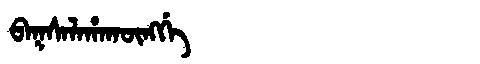
Manchu: ᠪᠠᡴᠰᠠᠯᠠᡥᠠᡴᡡᠩᡤᡝ
Romanization: BAKSALAHAKŪNGGE